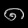
Digit: ၈